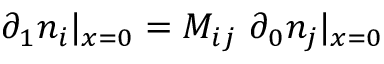
\partial _ { 1 } n _ { i } | _ { x = 0 } = M _ { i j } \, \, \partial _ { 0 } n _ { j } | _ { x = 0 }